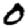
Digit: 0